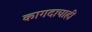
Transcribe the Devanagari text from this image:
कागदाचाही